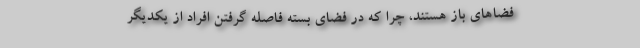
فضاهای باز هستند، چرا که در فضای بسته فاصله گرفتن افراد از یکدیگر